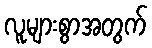
လူများစွာအတွက်